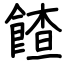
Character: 餷